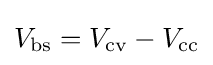
V_{\text{bs}}=V_{\text{cv}}-V_{\text{cc}}